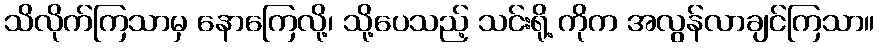
သိလိုက်ကြသာမှ နောကြေလို့၊ သို့ပေသည့် သင်းရို့ ကိုက အလွန်လာချင်ကြသာ။